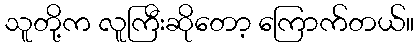
သူတို့က လူကြီးဆိုတော့ ကြောက်တယ်။